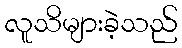
လူသိများခဲ့သည်